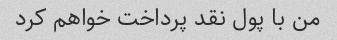
من با پول نقد پرداخت خواهم کرد